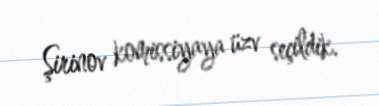
Şirinov komissiyaya üzv seçildik.